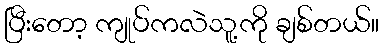
ပြီးတော့ ကျုပ်ကလဲသူ့ကို ချစ်တယ်။